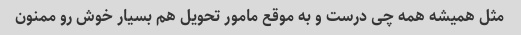
مثل همیشه همه چی درست و به موقع مامور تحویل هم بسیار خوش رو ممنون